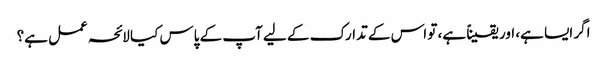
اگر ایسا ہے، اور یقیناً ہے، تو اس کے تدارک کے لیے آپ کے پاس کیا لائحہ عمل ہے؟